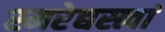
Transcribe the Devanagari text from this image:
स्मरेद्यस्त्वां